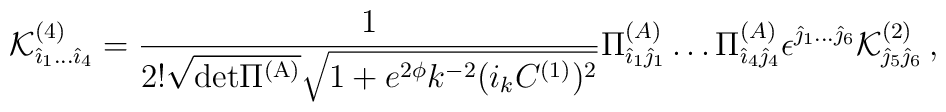
{\cal K}^{(4)}_{{\hat \imath}_1 \dots {\hat \imath_4}} = {1 \over 2! \sqrt{{\rm det \Pi^{(A)}}} \sqrt{1+e^{2 \phi} k^{-2} (i_k C^{(1)})^2}}\Pi^{(A)}_{{\hat \imath}_1 {\hat \jmath}_1} \dots \Pi^{(A)}_{{\hat \imath}_4 {\hat \jmath}_4} \epsilon^{{\hat \jmath}_1\dots {\hat \jmath}_6} {\cal K}^{(2)}_{{\hat \jmath}_5 {\hat \jmath}_6}\, ,